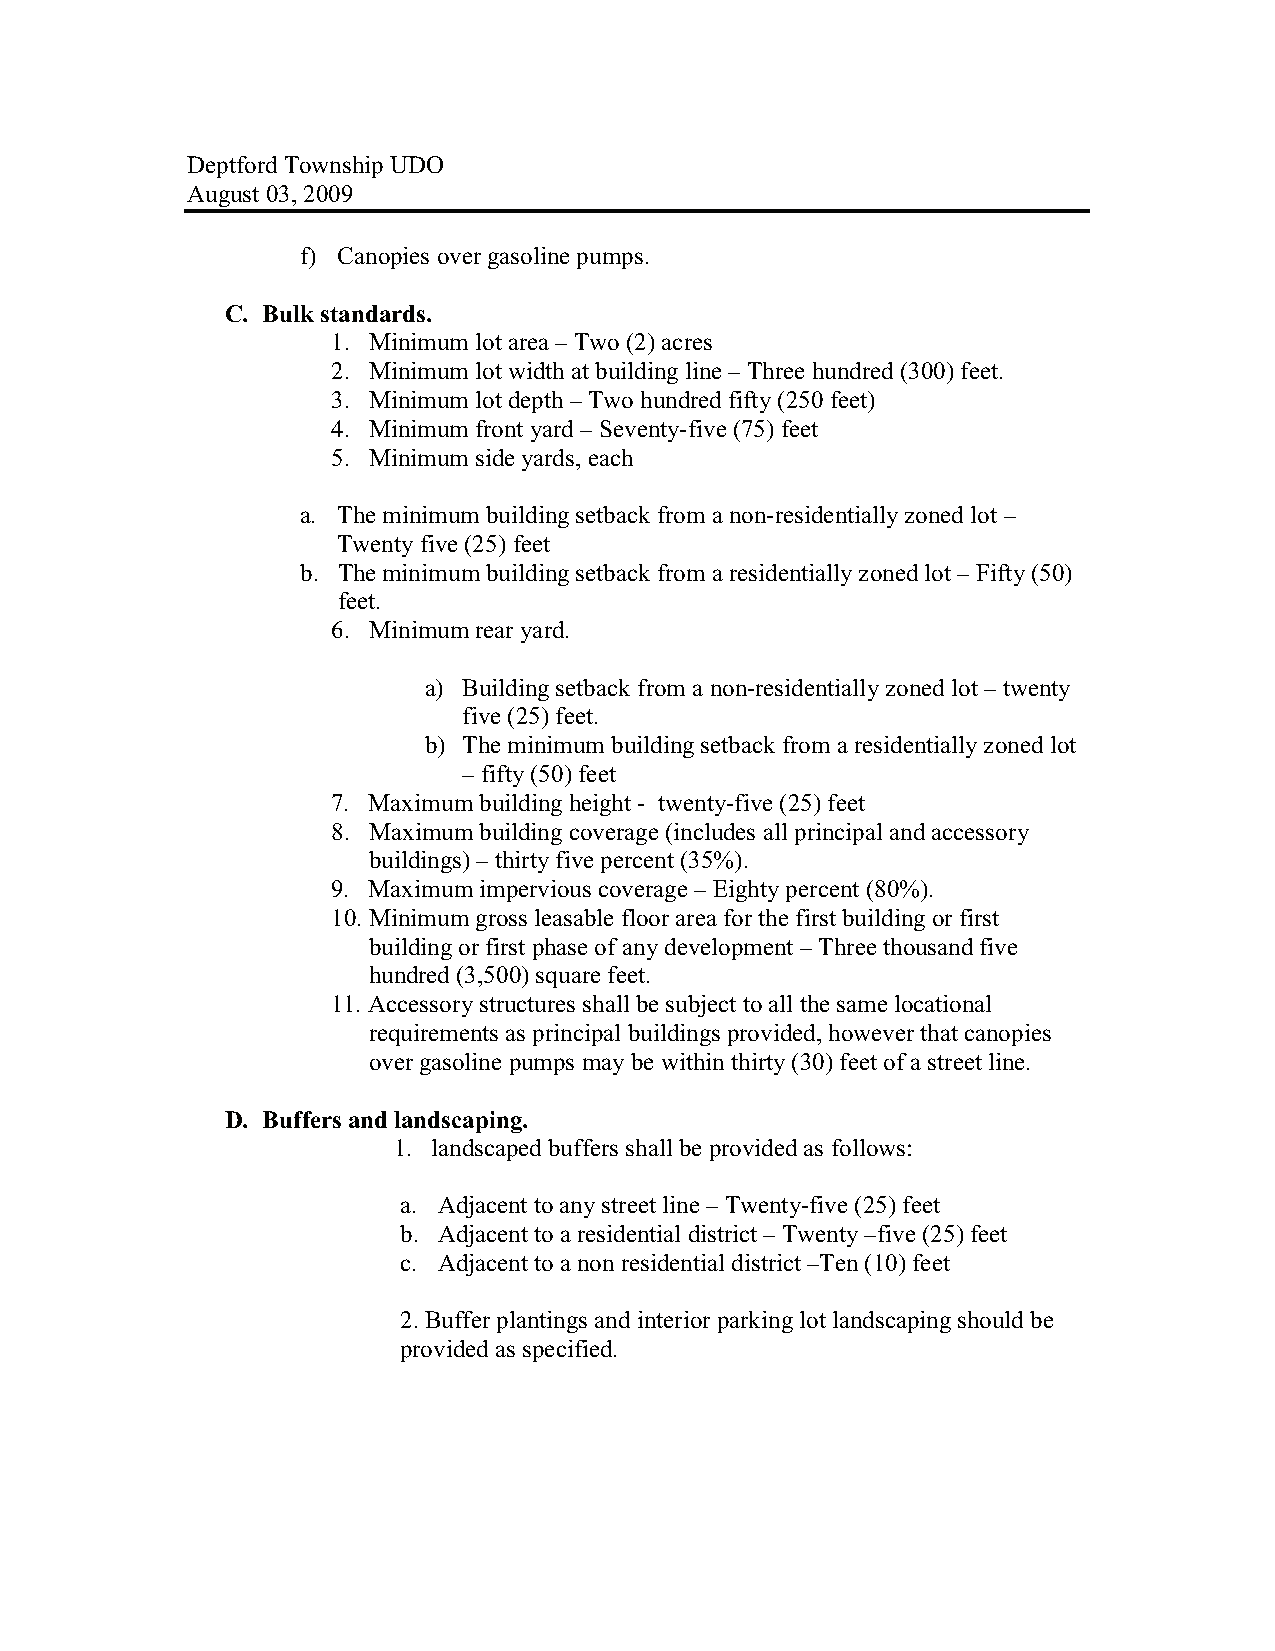
Deptford Township UDO
 August 03, 2009
 f) Canopies over gasoline pumps.
 C. Bulk standards.
 1. Minimum lot area – Two (2) acres
 2. Minimum lot width at building line – Three hundred (300) feet.
 3. Minimum lot depth – Two hundred fifty (250 feet)
 4. Minimum front yard – Seventy-five (75) feet
 5. Minimum side yards, each
 a. The minimum building setback from a non-residentially zoned lot –
 Twenty five (25) feet
 b. The minimum building setback from a residentially zoned lot – Fifty (50)
 feet.
 6. Minimum rear yard.
 a) Building setback from a non-residentially zoned lot – twenty
 five (25) feet.
 b) The minimum building setback from a residentially zoned lot
 – fifty (50) feet
 7. Maximum building height - twenty-five (25) feet
 8. Maximum building coverage (includes all principal and accessory
 buildings) – thirty five percent (35%).
 9. Maximum impervious coverage – Eighty percent (80%).
 10. Minimum gross leasable floor area for the first building or first
 building or first phase of any development – Three thousand five
 hundred (3,500) square feet.
 11. Accessory structures shall be subject to all the same locational
 requirements as principal buildings provided, however that canopies
 over gasoline pumps may be within thirty (30) feet of a street line.
 D. Buffers and landscaping.
 1. landscaped buffers shall be provided as follows:
 a. Adjacent to any street line – Twenty-five (25) feet
 b. Adjacent to a residential district – Twenty –five (25) feet
 c. Adjacent to a non residential district –Ten (10) feet
 2. Buffer plantings and interior parking lot landscaping should be
 provided as specified.